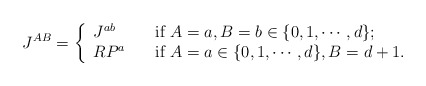
\begin{align*}J^{AB}=\left\{\begin{array}{ll} J^{ab} & \hbox{if $A=a,B=b\in\{0,1,\cdots, d\}$;}\\R P^{a}\quad & \hbox{if $A=a\in\{0,1,\cdots, d\}, B=d+1$.}\end{array}\right.\end{align*}